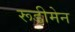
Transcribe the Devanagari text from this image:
रूडीमेन